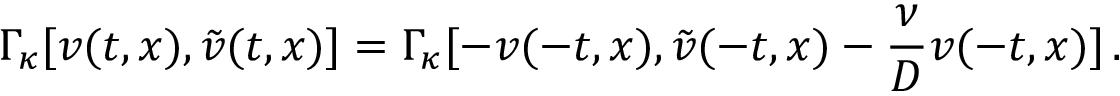
\Gamma _ { \kappa } [ v ( t , x ) , \tilde { v } ( t , x ) ] = \Gamma _ { \kappa } [ - v ( - t , x ) , \tilde { v } ( - t , x ) - \frac { \nu } { { \cal D } } v ( - t , x ) ] \, .